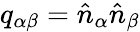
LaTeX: q_{\alpha\beta}=\hat{n}_{\alpha}\hat{n}_{\beta}